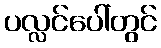
ပလ္လင်ပေါ်တွင်